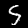
Label: 5